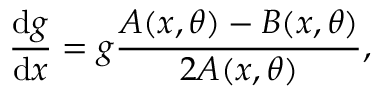
\frac { \mathrm { d } g } { \mathrm { d } x } = g \frac { A ( x , \theta ) - B ( x , \theta ) } { 2 A ( x , \theta ) } ,